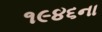
૧૯૪૬ના